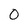
Character: 0